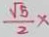
\frac { \sqrt { 5 } } { 2 } x